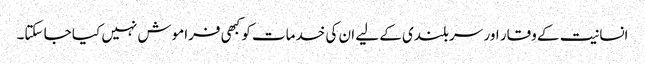
انسانیت کے وقار اور سربلندی کے لیے ان کی خدمات کو کبھی فراموش نہیں کیا جا سکتا۔